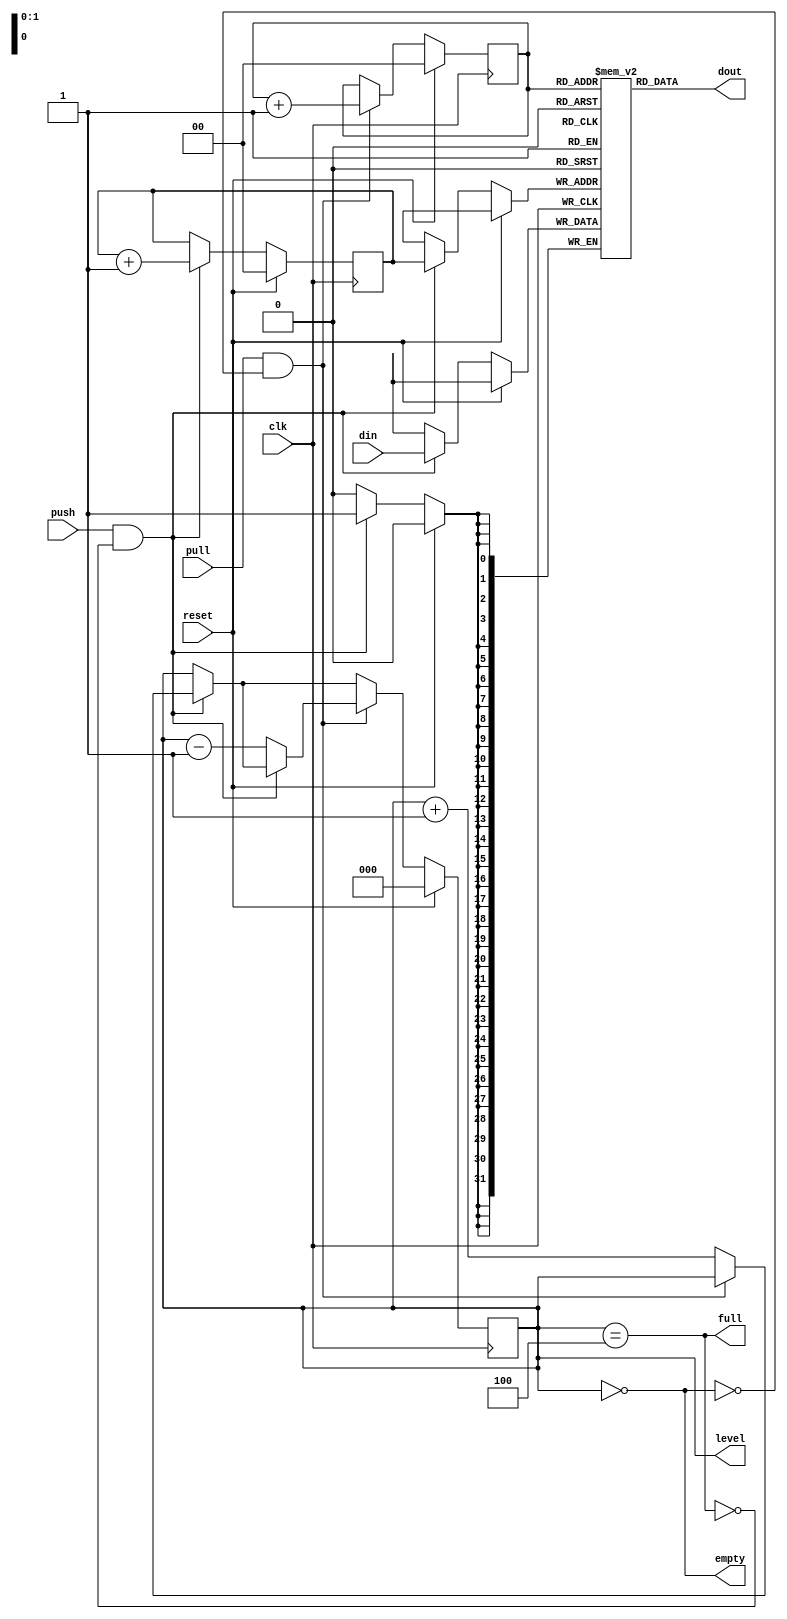
// This program was cloned from: https://github.com/lawrie/fpga_pio
// License: BSD 2-Clause "Simplified" License

// SPDX-FileCopyrightText: 2022 Lawrie Griffiths
// SPDX-License-Identifier: BSD-2-Clause

`default_nettype none
module fifo (
  input             clk,
  input             reset,
  input             push,
  input             pull,
  input [31:0]      din,
  output [31:0]     dout,
  output            empty,
  output            full,
  output [2:0]      level
);

  reg [31:0] arr [0:3];
  reg [1:0]  first;
  reg [1:0]  next;
  reg [2:0]  count;

  wire do_pull = pull && !empty;
  wire do_push = push && !full;

  always @(posedge clk) begin
    if (reset) begin
      first <= 0;
      next <= 0;
      count <= 0;
    end else begin
      if (do_push) begin
        next <= next + 1;
        arr[next] <= din;
        if (!do_pull) count <= count + 1;
      end
      if (do_pull) begin
        first <= first + 1;
        if (!do_push) count <= count - 1;
      end
    end
  end

  assign empty = count == 0;
  assign full = count == 4;
  assign dout = arr[first];
  assign level = count;

endmodule